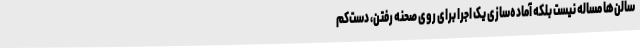
سالن‌ها مساله نیست بلکه آماده‌سازی یک اجرا برای روی صحنه رفتن، دست‌کم